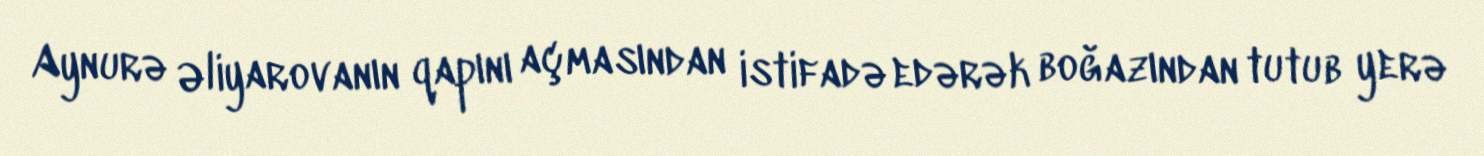
Aynurə Əliyarovanın qapını açmasından istifadə edərək boğazından tutub yerə